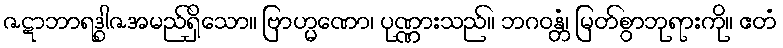
ဇဋာဘာရဒွါဇအမည်ရှိသော။ ဗြာဟ္မဏော၊ ပုဏ္ဏားသည်။ ဘဂဝန္တံ၊ မြတ်စွာဘုရားကို။ ဧတံ